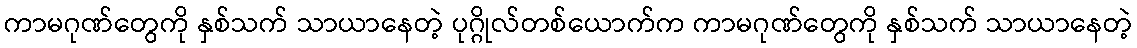
ကာမဂုဏ်တွေကို နှစ်သက် သာယာနေတဲ့ ပုဂ္ဂိုလ်တစ်ယောက်က ကာမဂုဏ်တွေကို နှစ်သက် သာယာနေတဲ့